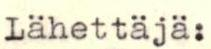
Lähettäjä: